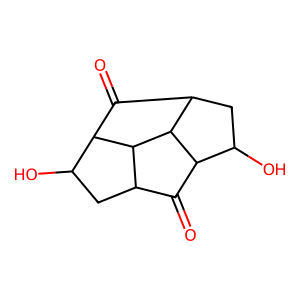
SMILES: O=C1C2CC(O)C3C(=O)C4CC(O)C1C4C23
Inhibits HIV replication: No